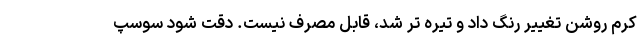
کرم روشن تغییر رنگ داد و تیره تر شد، قابل مصرف نیست. دقت شود سوسپ